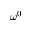
\omega ^ { 0 }